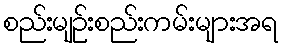
စည်းမျဉ်းစည်းကမ်းများအရ